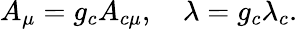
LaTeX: A_{\mu}=g_{c}A_{c\mu},\quad\lambda=g_{c}\lambda_{c}.